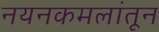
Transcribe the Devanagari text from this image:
नयनकमलांतून